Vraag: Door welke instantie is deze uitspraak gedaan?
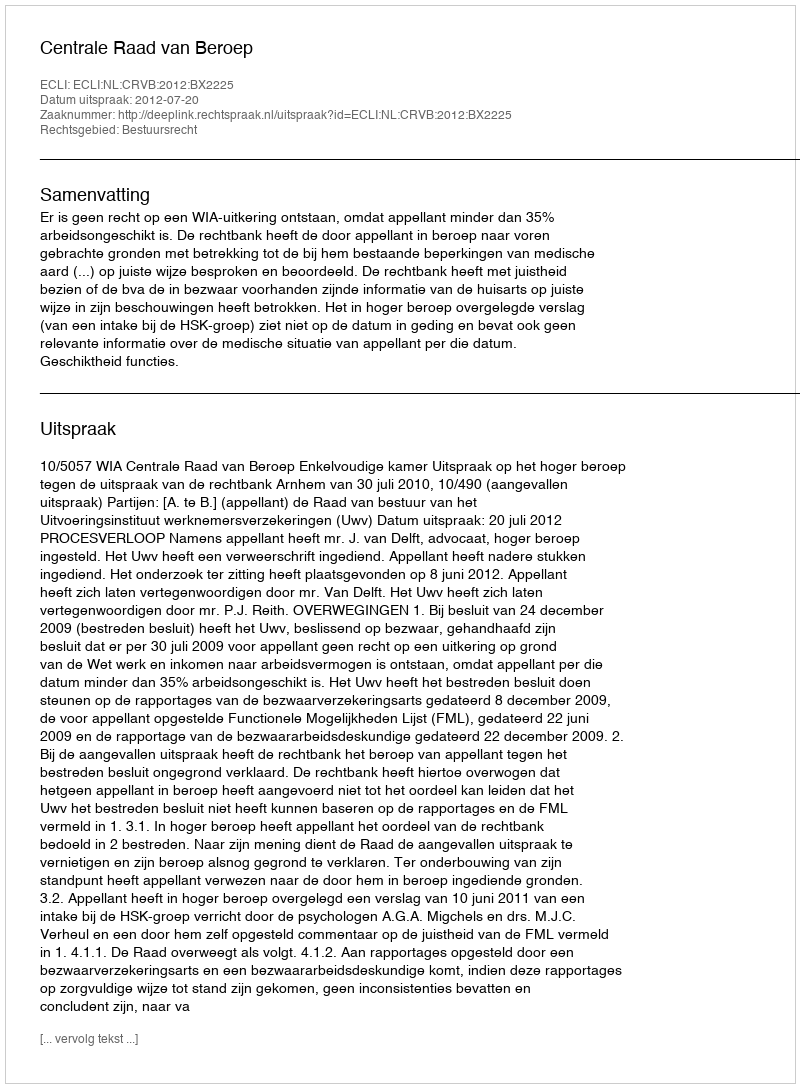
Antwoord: Centrale Raad van Beroep